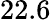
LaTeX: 22.6